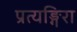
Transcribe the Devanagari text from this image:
प्रत्यङ्गिरा